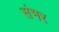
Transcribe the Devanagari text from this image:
संभर